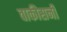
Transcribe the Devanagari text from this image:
वाकीसनी